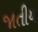
જાતીય